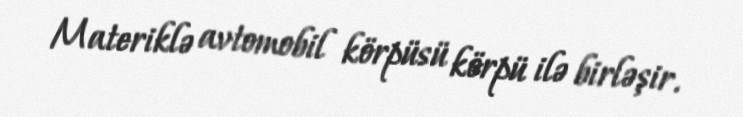
Materiklə avtomobil körpüsü körpü ilə birləşir.